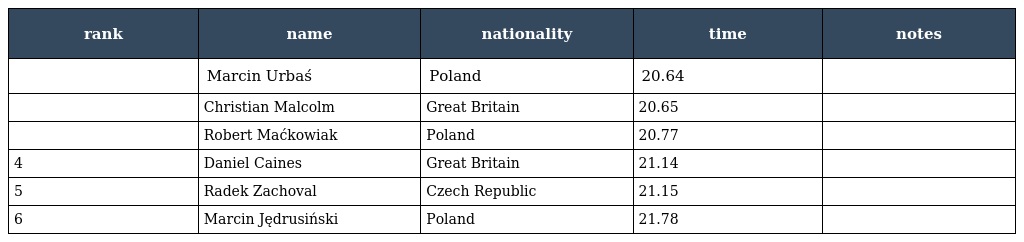
| rank | name | nationality | time | notes |
 | --- | --- | --- | --- | --- |
 |  | Marcin Urbaś | Poland | 20.64 |  |
 |  | Christian Malcolm | Great Britain | 20.65 |  |
 |  | Robert Maćkowiak | Poland | 20.77 |  |
 | 4 | Daniel Caines | Great Britain | 21.14 |  |
 | 5 | Radek Zachoval | Czech Republic | 21.15 |  |
 | 6 | Marcin Jędrusiński | Poland | 21.78 |  |